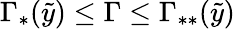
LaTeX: \Gamma_{\ast}(\tilde{y})\leq\Gamma\leq\Gamma_{\ast\ast}(\tilde{y})